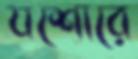
যশোরে